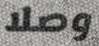
وصلا